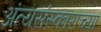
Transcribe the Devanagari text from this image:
अंत्यसंस्काराच्या